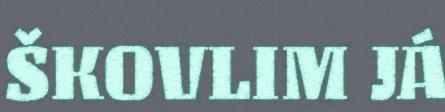
ŠKOVLIM JÁ